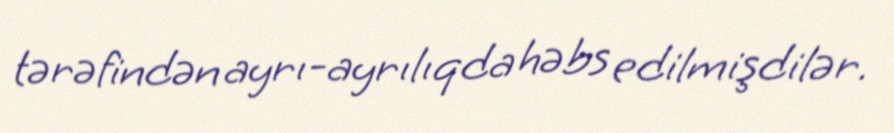
tərəfindən ayrı-ayrılıqda həbs edilmişdilər.